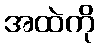
အထဲကို